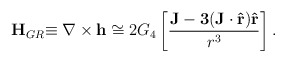
\begin{align*}{\bf H}_{GR}{\bf \equiv \nabla \times h} \cong 2G_4 \left [ {\frac {\bf J - 3({\bf J \cdot \hat r}){\bf \hat r}}{r^3}}\right ].\end{align*}